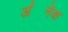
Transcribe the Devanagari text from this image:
अ॑नेक